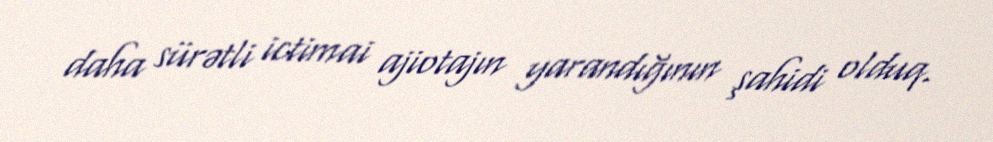
daha sürətli ictimai ajiotajın yarandığının şahidi olduq.